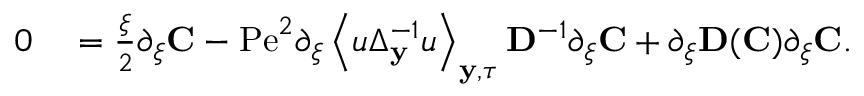
\begin{array} { r l } { 0 } & { { } = \frac { \xi } { 2 } \partial _ { \xi } \mathbf { C } - \mathrm { P e } ^ { 2 } \partial _ { \xi } \left\langle u \Delta _ { \mathbf { y } } ^ { - 1 } u \right\rangle _ { \mathbf { y } , \tau } \mathbf { D } ^ { - 1 } \partial _ { \xi } \mathbf { C } + \partial _ { \xi } \mathbf { D } ( \mathbf { C } ) \partial _ { \xi } \mathbf { C } . } \end{array}